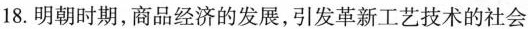
18.明朝时期。商品经济的发展，引发革新工艺技术的社会